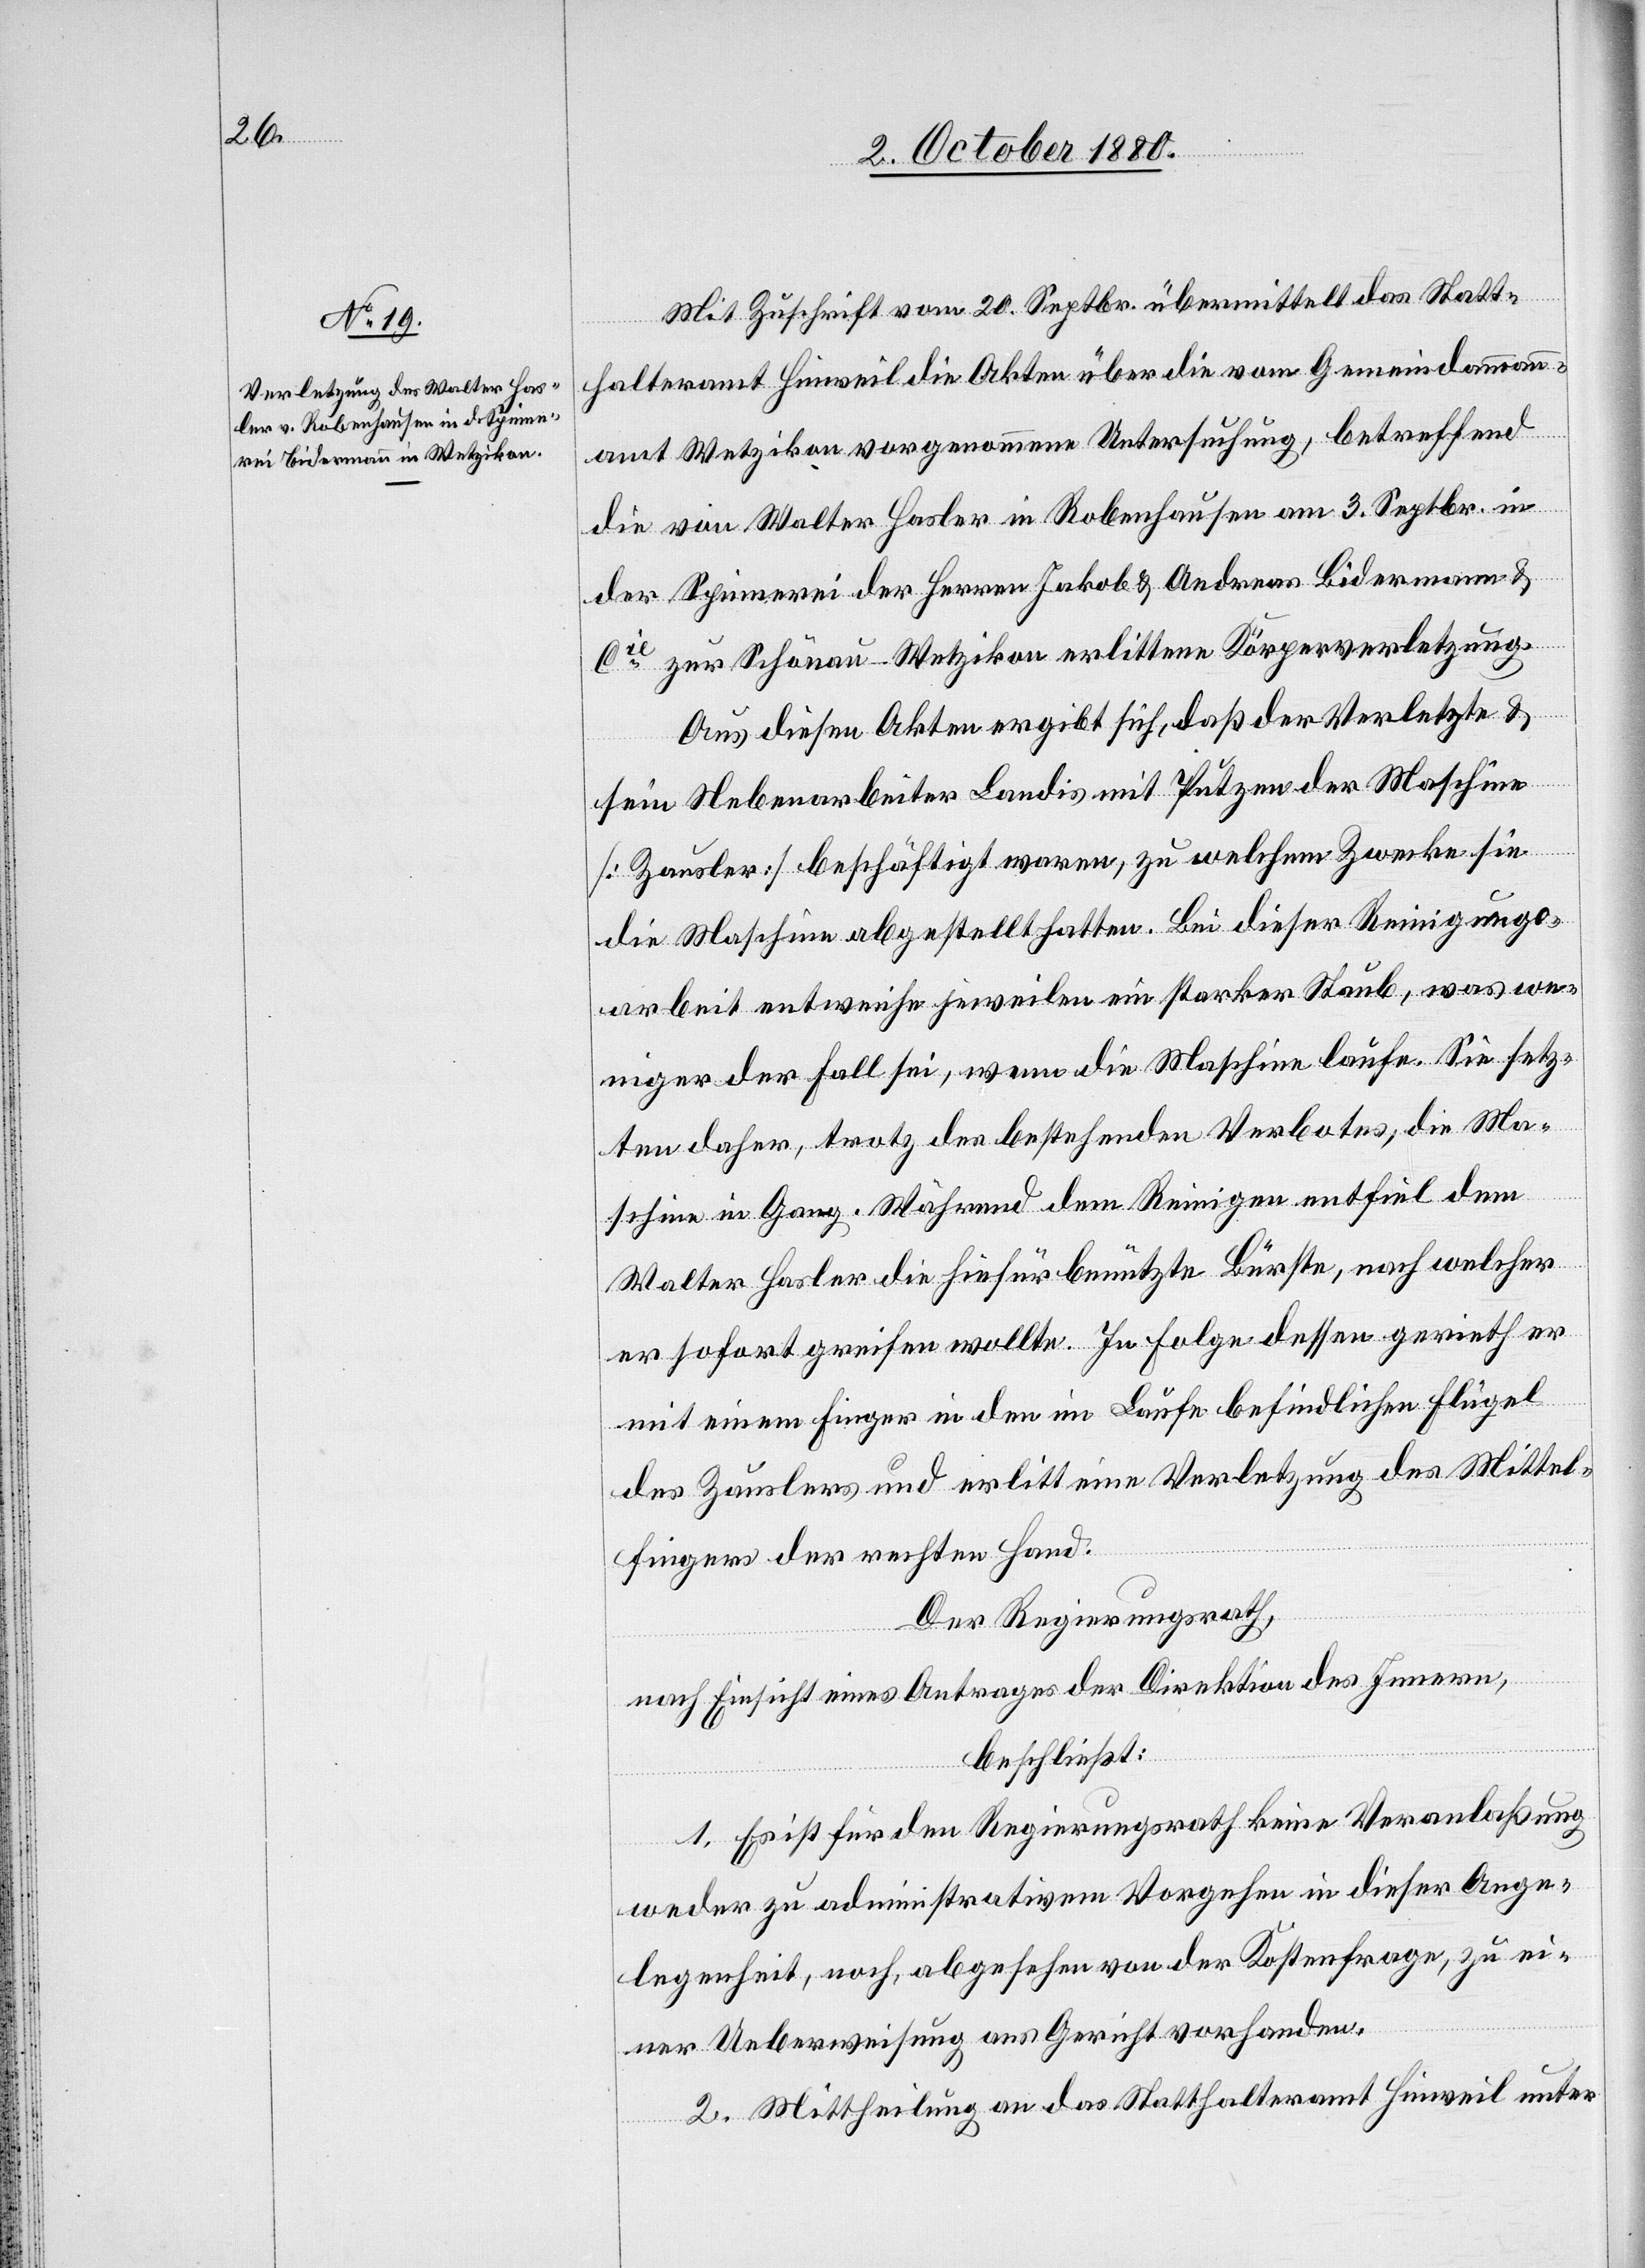
Mit Zuschrift vom 20. Septbr. übermittelt das Statt¬
halteramt Hinweil die Akten über die vom Gemeindammann¬
amt Wetzikon vorgenommene Untersuchung, betreffend
die von Walter Hasler in Robenhausen am 3. Septbr. in
der Spinnerei der Herren Jakob & Andreas Bidermann &
Cie zur Schönau - Wetzikon erlittenen Körperverletzung.
Aus diesen Akten ergibt sich, daß der Verletzte &
sein Nebenarbeiter Landis mit Putzen der Maschine
[Zausler] beschäftigt waren, zu welchem Zwecke sie
die Maschine abgestellt hatten. Bei dieser Reinigungs¬
arbeit entweiche jeweilen ein starker Staub, was we¬
niger der Fall sei, wenn die Maschine laufe. Sie setz¬
ten daher, trotz des bestehenden Verbotes, die Ma¬
schinen in Gang. Während dem Reinigen entfiel dem
Walter Hasler die hiefür benutzte Bürste, nach welcher
er sofort greifen wollte. In Folge dessen gerieth er
mit einem Finger in den im Laufe befindlichen Flügel
des Zauslers und erlitt eine Verletzung des Mittel¬
fingers der rechten Hand.
Der Regierungsrath,
nach Einsicht eines Antrages der Direktion des Innern,
beschließt:
1. Es ist für den Regierungsrath keine Veranlaßung
weder zu administrativem Vorgehen in dieser Ange¬
legenheit, noch abgesehen von der Kostenfrage, zu ei¬
ner Ueberweisung ans Gericht vorhanden.
2. Mittheilung an das Statthalteramt Hinweil unter